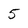
Character: 5